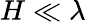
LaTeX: H\ll\lambda